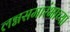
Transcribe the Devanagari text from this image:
लग्नसमारंभाच्या